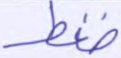
ضغط